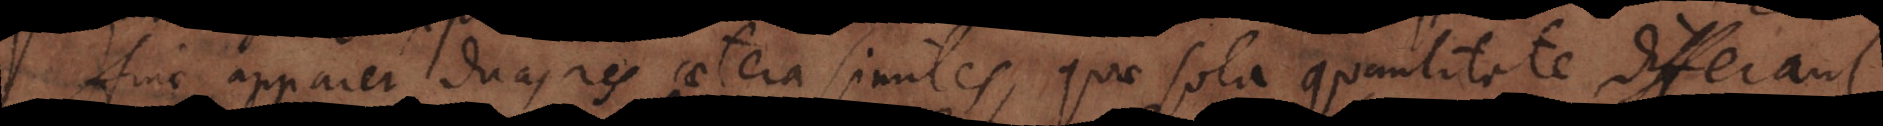
Hinc apparet duas res caetera similes, quae sola quantitate differant